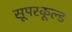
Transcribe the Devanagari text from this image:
सूपरकूल्ड